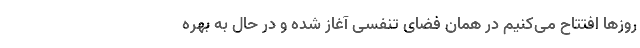
روزها افتتاح می‌کنیم در همان فضای تنفسی آغاز شده و در حال به بهره